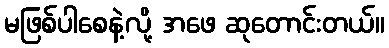
မဖြစ်ပါစေနဲ့လို့ အဖေ ဆုတောင်းတယ်။